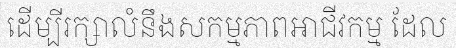
ដើម្បីរក្សាលំនឹងសកម្មភាពអាជីវកម្ម ដែល